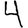
Digit: 4